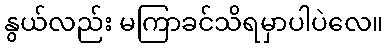
နွယ်လည်း မကြာခင်သိရမှာပါပဲလေ။